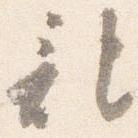
記